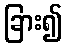
ခြား၍